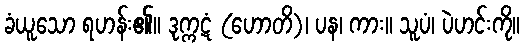
ခံယူသော ရဟန်း၏။ ဒုက္ကဋံ (ဟောတိ)၊ ပန၊ ကား။ သူပံ၊ ပဲဟင်းကို။